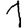
Digit: 1